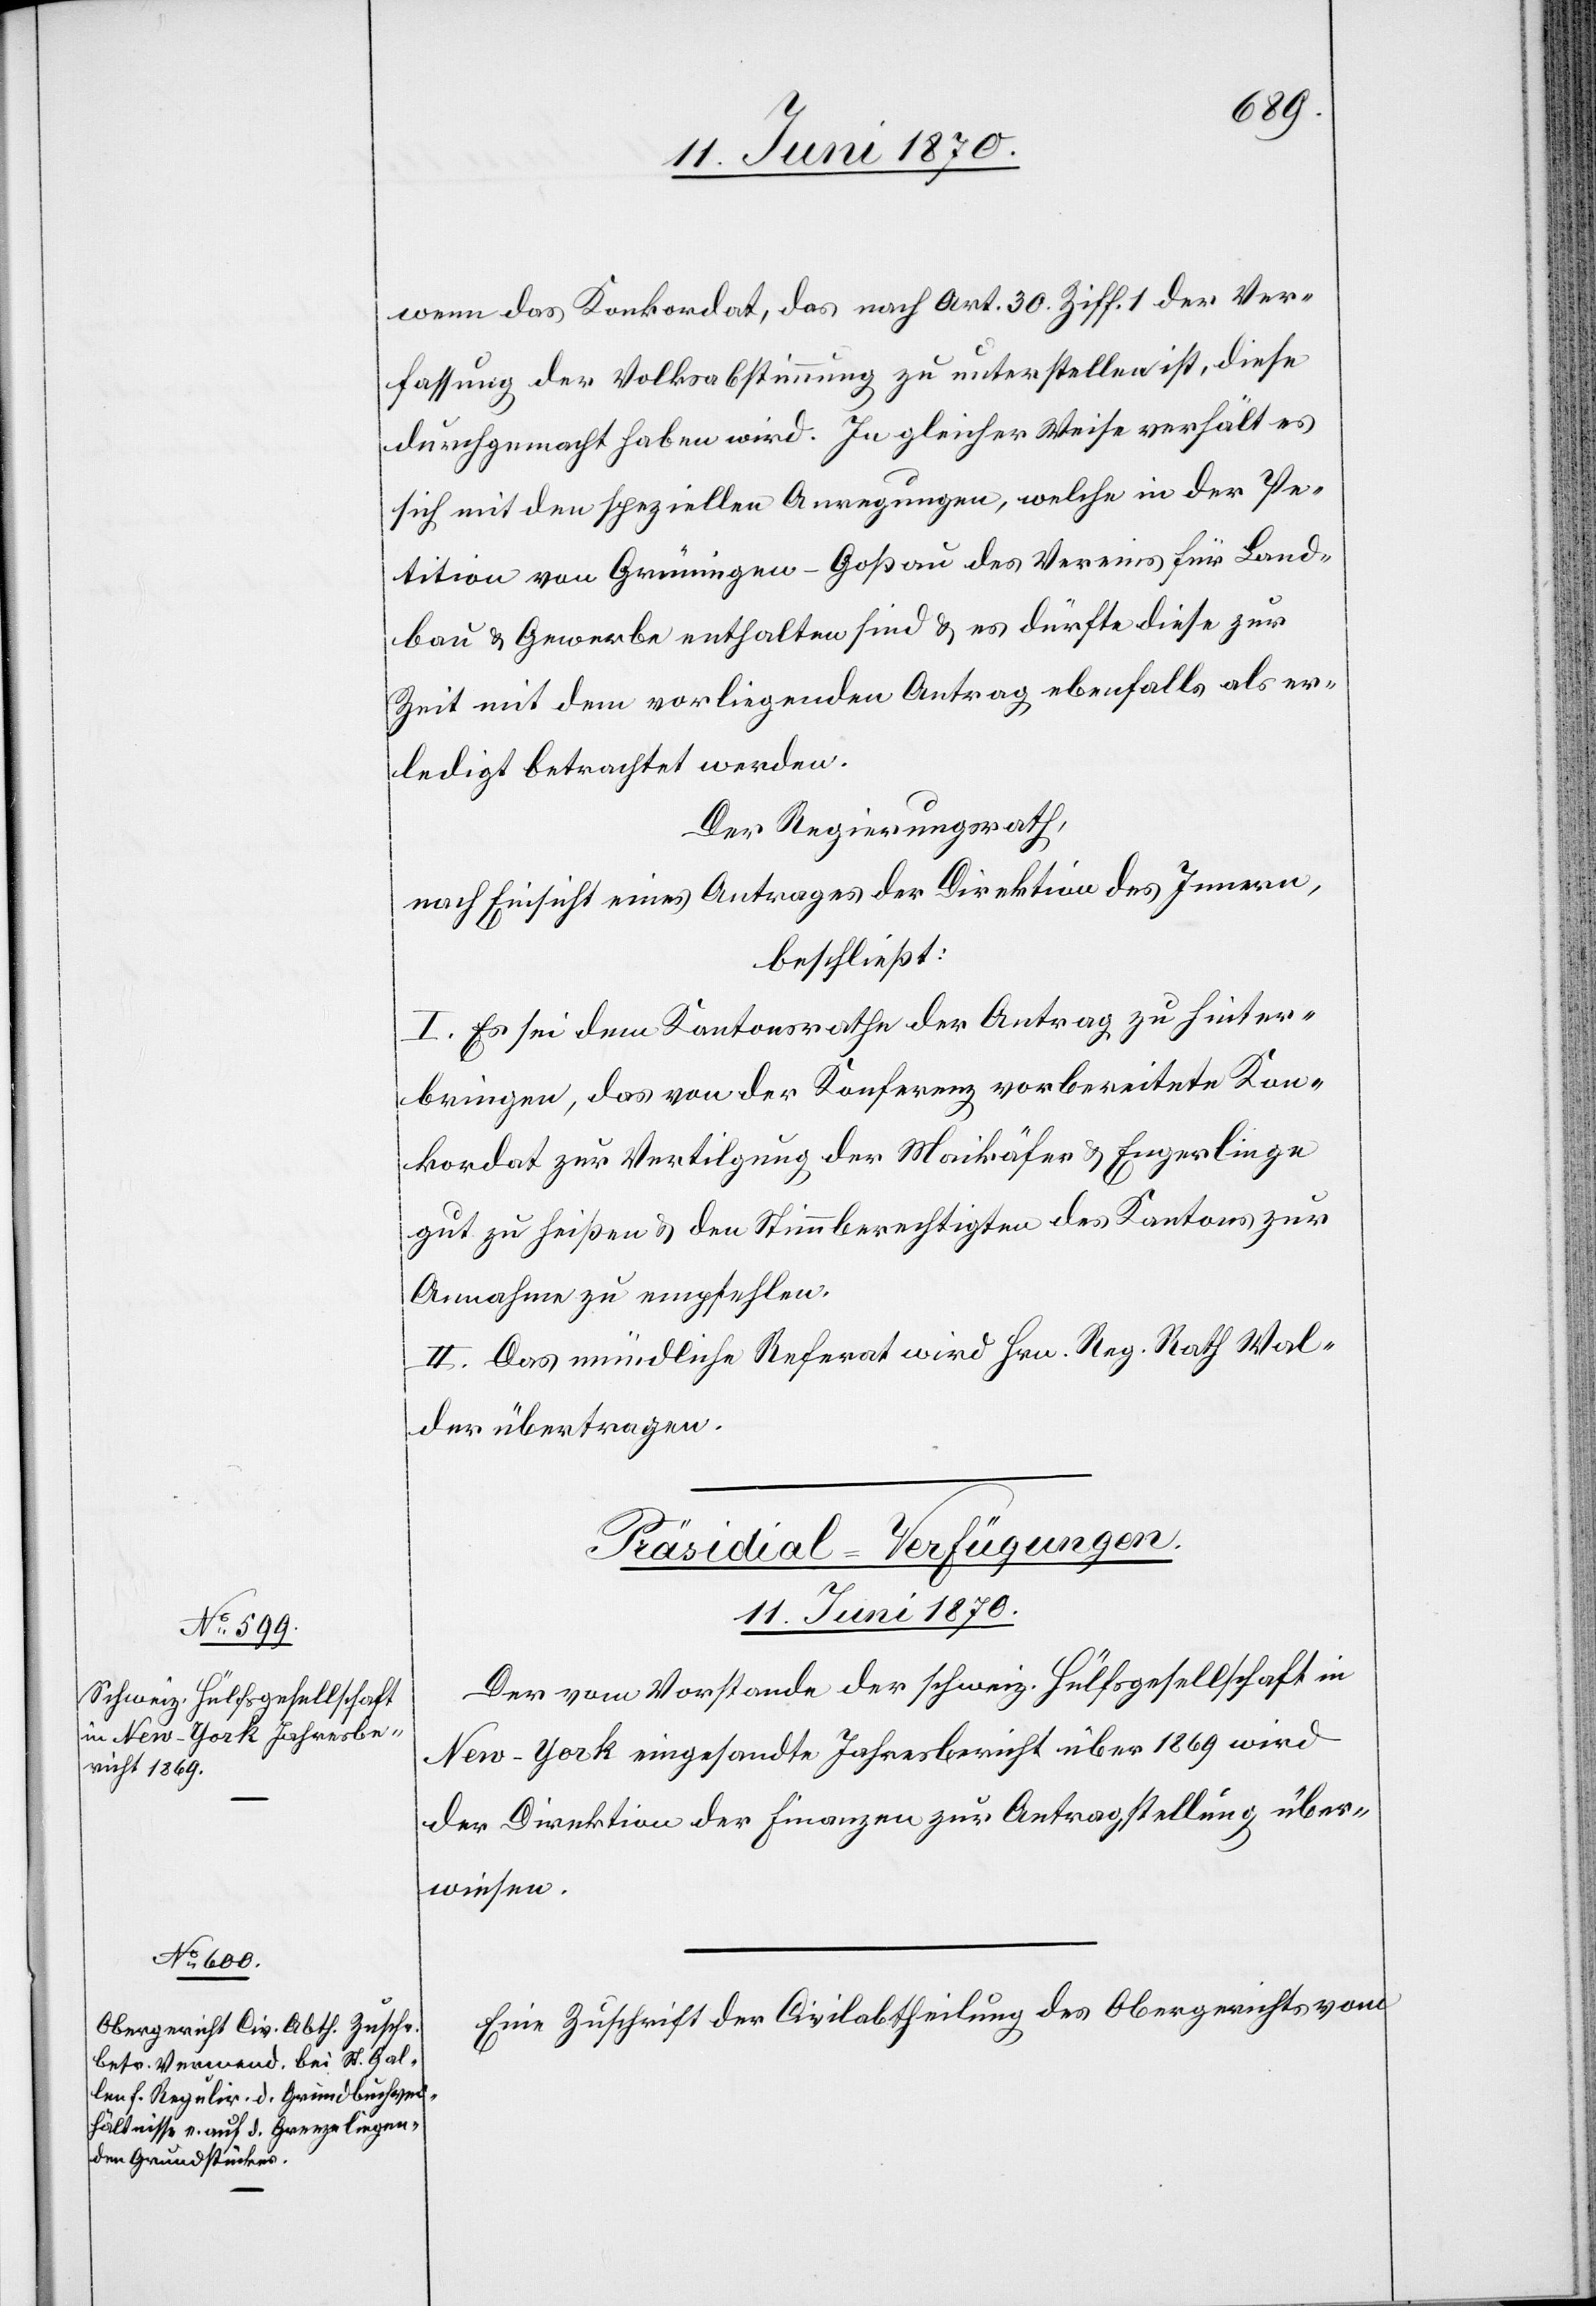
wenn das Konkordat, das nach Art. 30 Ziff. 1 der Ver¬
fassung der Volksabstimmung zu unterstellen ist, diese
durchgemacht haben wird. In gleicher Weise verhält es
sich mit den speziellen Anregungen, welche in der Pe¬
tition von Grüningen - Goßau des Vereins für Land¬
bau & Gewerbe enthalten sind & es dürfte diese zur
Zeit mit dem vorliegenden Antrag ebenfalls als er¬
ledigt betrachtet werden.
Der Regierungsrath,
nach Einsicht eines Antrages der Direktion des Innern,
beschließt:
I. Es sei dem Kantonsrathe der Antrag zu hinter¬
bringen, das von der Konferenz vorbereitete Kon¬
kordat zur Vertilgung der Maikäfer & Engerlinge
gut zu heißen & den Stimmberechtigten des Kantons zur
Annahme zu empfehlen.
II. Das mündliche Referat wird Hrn. Reg. Rath Wal¬
der übertragen.
[Präsidial-Verfügungen.
11. Juni 1870.]
Der vom Vorstande der schweiz. Hülfsgesellschaft in
New-York eingesandte Jahresbericht über 1869 wird
der Direktion der Finanzen zur Antragstellung über¬
wiesen.
Eine Zuschrift der Civilabtheilung des Obergerichts vom